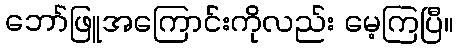
ဘော်ဖြူအကြောင်းကိုလည်း မေ့ကြပြီ။